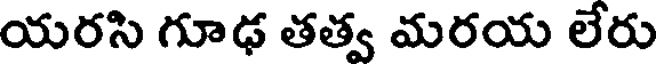
యరసి గూఢ తత్వ మరయ లేరు